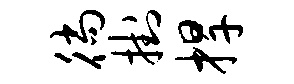
徜挂捍